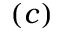
( c )